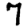
Digit: 7